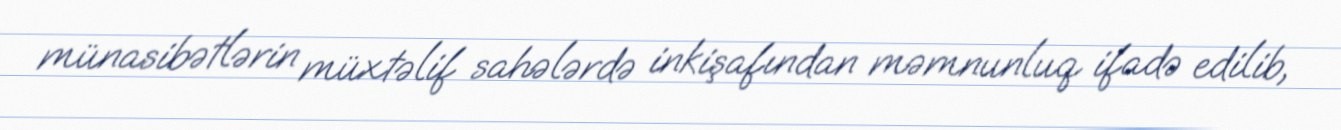
münasibətlərin müxtəlif sahələrdə inkişafından məmnunluq ifadə edilib,